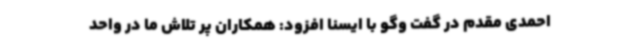
احمدی مقدم در گفت وگو با ایسنا افزود: همکاران پر تلاش ما در واحد